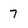
Character: 7